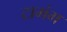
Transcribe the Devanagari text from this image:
टामंग